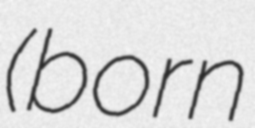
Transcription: (born